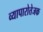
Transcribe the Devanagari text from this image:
व्यापारोत्तेजक